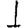
Digit: 1